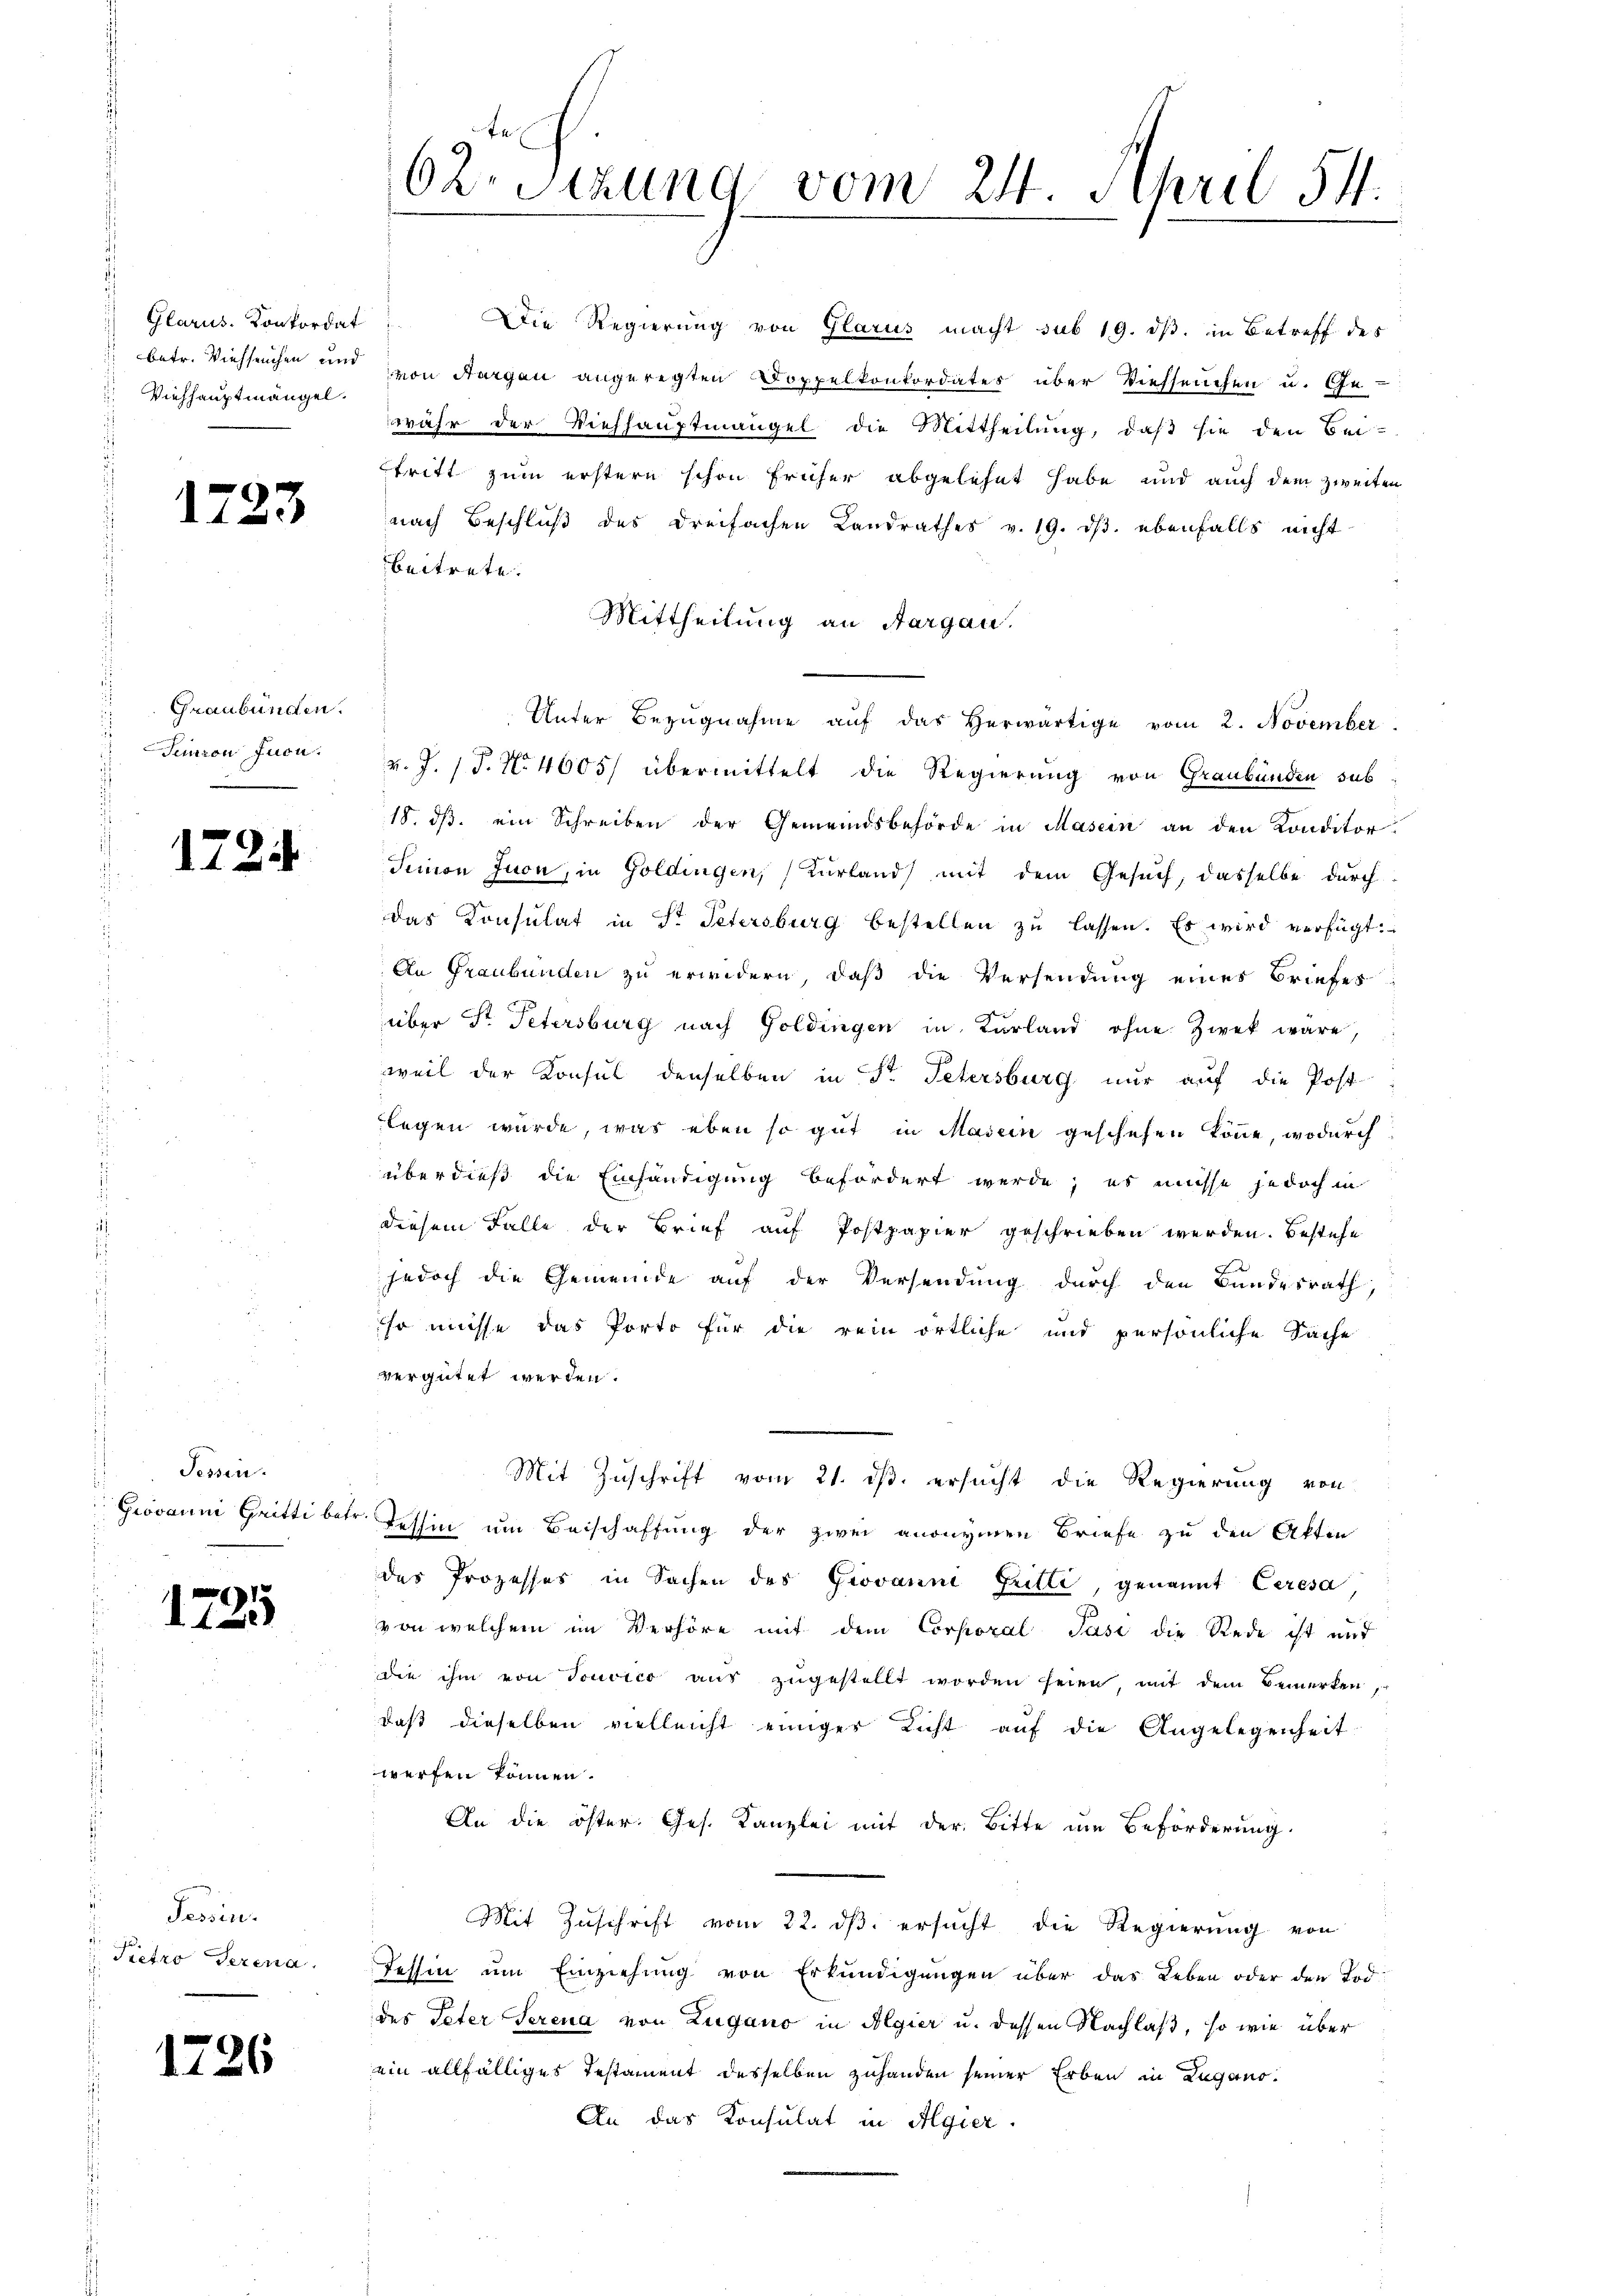
Glarus. Konkordat
¬
 Viehhauptmängel.

12

12.

Graubünden.
Semnon fuon.

1735

1726

3

Tessin.
Grovanni Gritti betr

Tessin.
Pietro derena.

62. Sitzung vom 24. April 54.

Die Regierung von Glarus macht sub 19. ds. in Betreff des
 betr. Viehseuchen und von Aargau angeregten Doppelkonkordates über Viehseuchen u. Ge-
währ der Viehhauptmängel die Mittheilung, daß sie den Bei-
tritt zum erstern schon früher abgelehnt habe und auch dem zweiten
nach Beschluß des dreifachen Landrathes v. 19. dβ. ebenfalls nicht
beitrete.
Mittheilung an Aargau.
v. J. J. N. 4005/ übermittelt die Regierung von Graubünden sub
18. ds. ein Schreiben der Gemeindsbehörde in Masein an den Konditor
Seinen Juon, in Goldingen, (Kurland mit dem Gesuch, dasselbe durch
das Consulat in Sr. Petersburg bestellen zu lassen. Es wird verfügt:
An Graubünden zu erwidern, daß die Versendung eines Briefes
über Dr. Petersburg nach Goldingen in Verland ohne Zwek wäre,
weil der Konsul denselben in Dr. Petersburg nur auf die Post-
legen wurde, was eben so gut in Masein geschehen könne, wodurch
überdieß die Einhändigung befördert werde; es müsse jedoch in
diesem Falle der Brief auf Postpapier geschrieben werden. Bestehe
jedoch die Gemeinde auf der Versendung durch den Bundesrath,
so müsse das Porto für die rein örtliche und persönliche Sache
vergütet werden.
e
Mit Zuschrift vom 21. ds. ersucht die Regierung von
r. Tessin um Beischaffung der zwei anonymen Briefe zu den Akten
das Prozesses in Sachen des Giovanni Gritte, genannt Ceresa
von welchem im Verhöre mit dem Corporal Pasi die Rede ist und
die ihm von Touvico aŭs zŭgestellt worden seien, mit dem Bemerken,
daß dieselben vielleicht einiger Licht auf die Angelegenheit
werfen können.
An die öster. Ges. Kanzlei mit der Bitte um Beförderung.
Mit Zuschrift vom 22. ds. ersucht die Regierung von
Tessin um Einziehung von Erkundigungen über das Leben oder den Tod.
des Peter Serena von Zugano in Algier u. dessen Nachlaß, so wie über
ein allfälliges Testament desselben zuhanden seiner Erben in Lugano.
An das Konsulat in Algier

Unter Bezugnahme auf das herwärtige vom 2. November